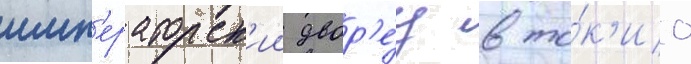
имп'ераторск'ии двор'е́ц в то́к'ио